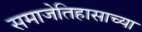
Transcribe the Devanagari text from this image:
समाजेतिहासाच्या